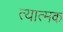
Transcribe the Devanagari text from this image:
त्यात्मक